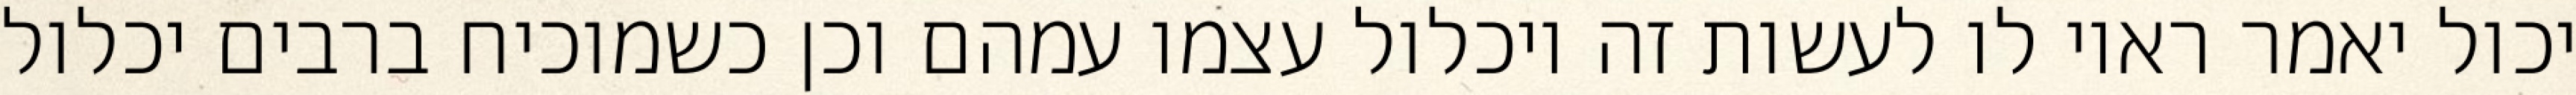
יכול יאמר ראוי לו לעשות זה ויכלול עצמו עמהם וכן כשמוכיח ברבים יכלול